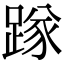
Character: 䠔